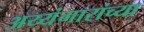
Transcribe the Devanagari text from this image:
अय्यंगारांच्या